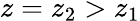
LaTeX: z=z_{2}>z_{1}